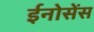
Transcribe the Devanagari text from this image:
ईनोसेंस